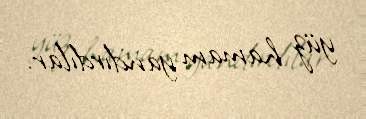
yüz hamam yandırdılar.